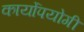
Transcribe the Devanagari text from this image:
कार्योपयोगी